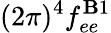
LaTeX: (2\pi)^{4}f_{ee}^{\mathbf{B}1}